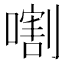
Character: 𱔣